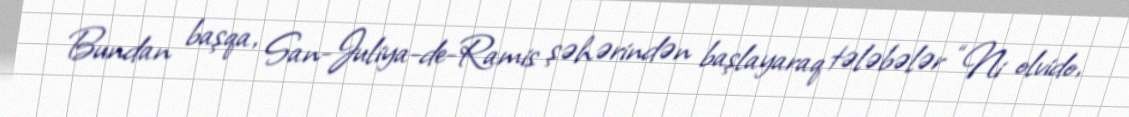
Bundan başqa, San-Juliya-de-Ramis şəhərindən başlayaraq tələbələr “Ni olvido,